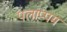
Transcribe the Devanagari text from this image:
पलाप्पम